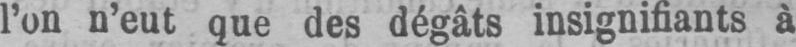
l’on n’eut que des dégâts insignifiants à